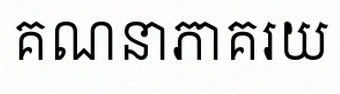
គណនាភាគរយ